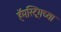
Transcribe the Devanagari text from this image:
हॅमस्ट्रिंगच्या